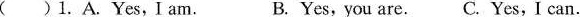
( ) 1.A. Yes,Iam. B. Yes, you are.C. Yes,I can